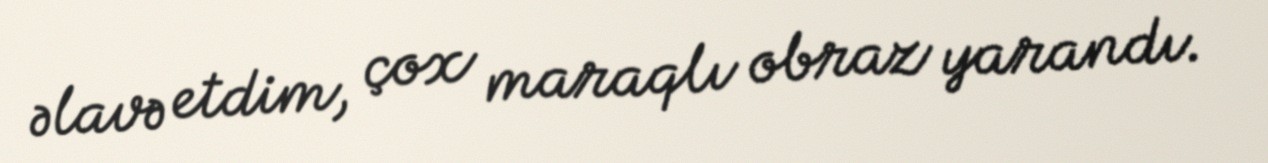
əlavə etdim, çox maraqlı obraz yarandı.